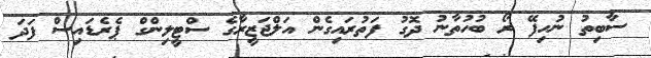
ސާބިތު ނުހިފޭ ރޯ ބުހުތާނު ދޮގު ފަތުރައިގެން އަލްޖަޒީރާގެ ސްޓީލިންގް ޕެރެޑައިސް ފަދަ